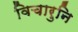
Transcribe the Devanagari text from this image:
विचारुनि